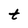
Character: t